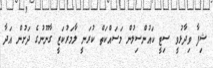
ޝިފާ ވިދާޅުވީ ސިޓީ ކައުންސިލުން މަސައްކަތް ކުރަނީ ލާމަރުކަޒީ ގާނޫނުގެ ދަށުން އަދާ